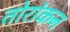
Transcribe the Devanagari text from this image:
तोरांकन